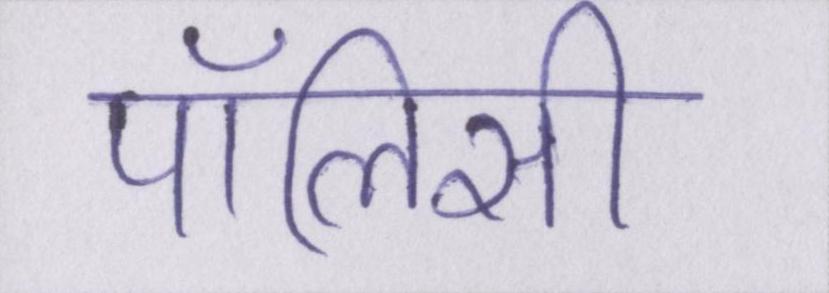
पॉलिसी